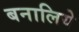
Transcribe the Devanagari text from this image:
बनालिये